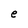
Character: r